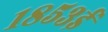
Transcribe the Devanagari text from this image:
१८५३ई